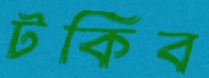
টকিব